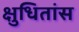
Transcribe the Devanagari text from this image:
क्षुधितांस